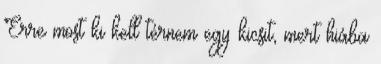
Erre most ki kell térnem egy kicsit, mert hiába